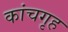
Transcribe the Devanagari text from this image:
कांचगृह